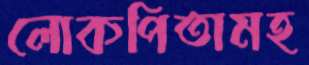
লোকপিতামহ